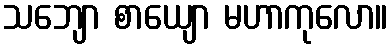
သဘျော စာယျော မဟာကုလော။